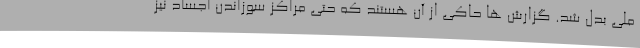
ملی بدل شد. گزارش ها حاکی از آن هستند که حتی مراکز سوزاندن اجساد نیز